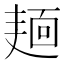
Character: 𪎎